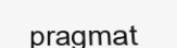
pragmat